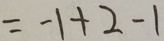
= - 1 + 2 - 1